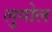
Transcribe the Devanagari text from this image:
लुगोल